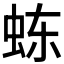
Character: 𬟽